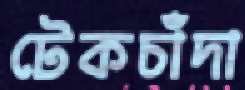
টেকচাঁদা